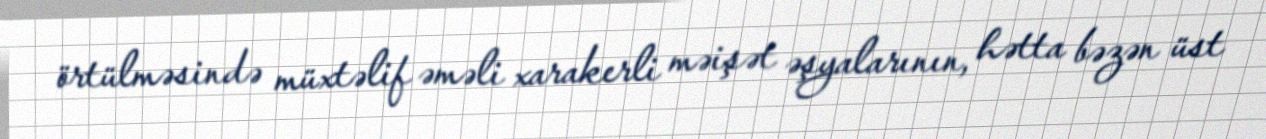
örtülməsində müxtəlif əməli xarakerli məişət əşyalarının, hətta bəzən üst